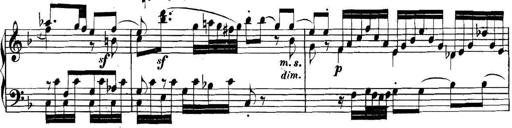
Title: Collected Piano Sonatas
Composer: Muzio Clementi